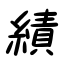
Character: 績